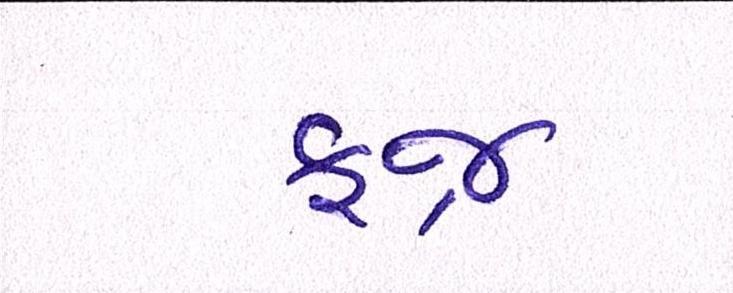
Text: ફજ્ર